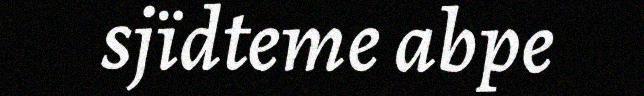
sjïdteme abpe